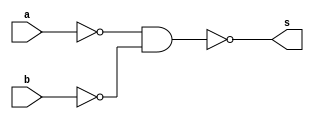
// -------------------------
// Exemplo_0505 - GATES
// Nome: Anna Puga Campos Rodrigues
// -------------------------
// -------------------------
// previso de testes
//      m a b s
//      0 0 0 0
//      1 0 1 1 
//      2 1 0 1
//      3 1 1 1
//
// -------------------------
module NAND ( output s,
input a,
input b );
// descrever por portas
wire nand3;
wire nand2;
nand NAND3 ( nand3, a, a );
nand NAND2 ( nand2, b, b);
nand NAND1 ( s, nand3, nand2);
endmodule // NAND
// ------------------------- definir dados
module EX_4;
reg x;
reg y;
wire s;
NAND MODULO1 (s, x, y);
// ------------------------- parte principal
initial
begin : main
$display("Exemplo_0505 - Anna Puga Campos Rodrigues - 694370");
$display("proposicao (a | b) - nand");
$display("   x    y    resposta");
// projetar testes do modulo
$monitor("%4b %4b %7b ", x, y, s);
   x = 1'b0; y = 1'b0;
#1 x = 1'b0; y = 1'b1;
#1 x = 1'b1; y = 1'b0;
#1 x = 1'b1; y = 1'b1;
end
endmodule // EX_4